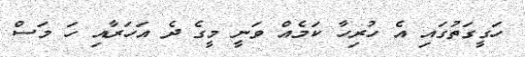
ހަގީގަތުގައި އެ ހުރިހާ ކަމެއް ވަނީ މީގެ ދެ އަހަރާއި ހަ މަސް